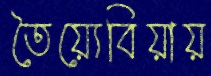
তৈয়্যেবিয়ায়